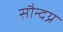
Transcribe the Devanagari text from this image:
सौन्दय्र